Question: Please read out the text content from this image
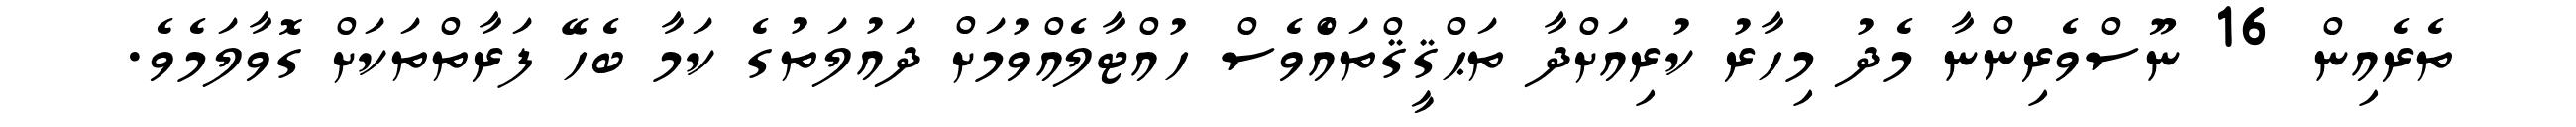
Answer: ތެރެއިން 16 ނޫސްވެރިންނާ މެދު މިހާރު ކުރިއަށްދާ ތަޙްޤީޤްތައްެވެސް ހުއްޓާލެއްވުމަށް ދައުލަތުގެ ކަމާ ބެހޭ ފަރާތްތަކަށް ގޮވާލަމެވެ.